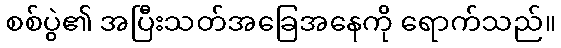
စစ်ပွဲ၏ အပြီးသတ်အခြေအနေကို ရောက်သည်။